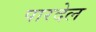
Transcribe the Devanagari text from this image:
पारदेल